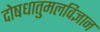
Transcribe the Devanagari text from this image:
दोषधातुमलविज्ञान